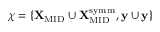
\chi = \{ \mathbf { X } _ { \mathrm { M I D } } \cup \mathbf { X } _ { \mathrm { M I D } } ^ { \mathrm { s y m m } } , \mathbf { y } \cup \mathbf { y } \}